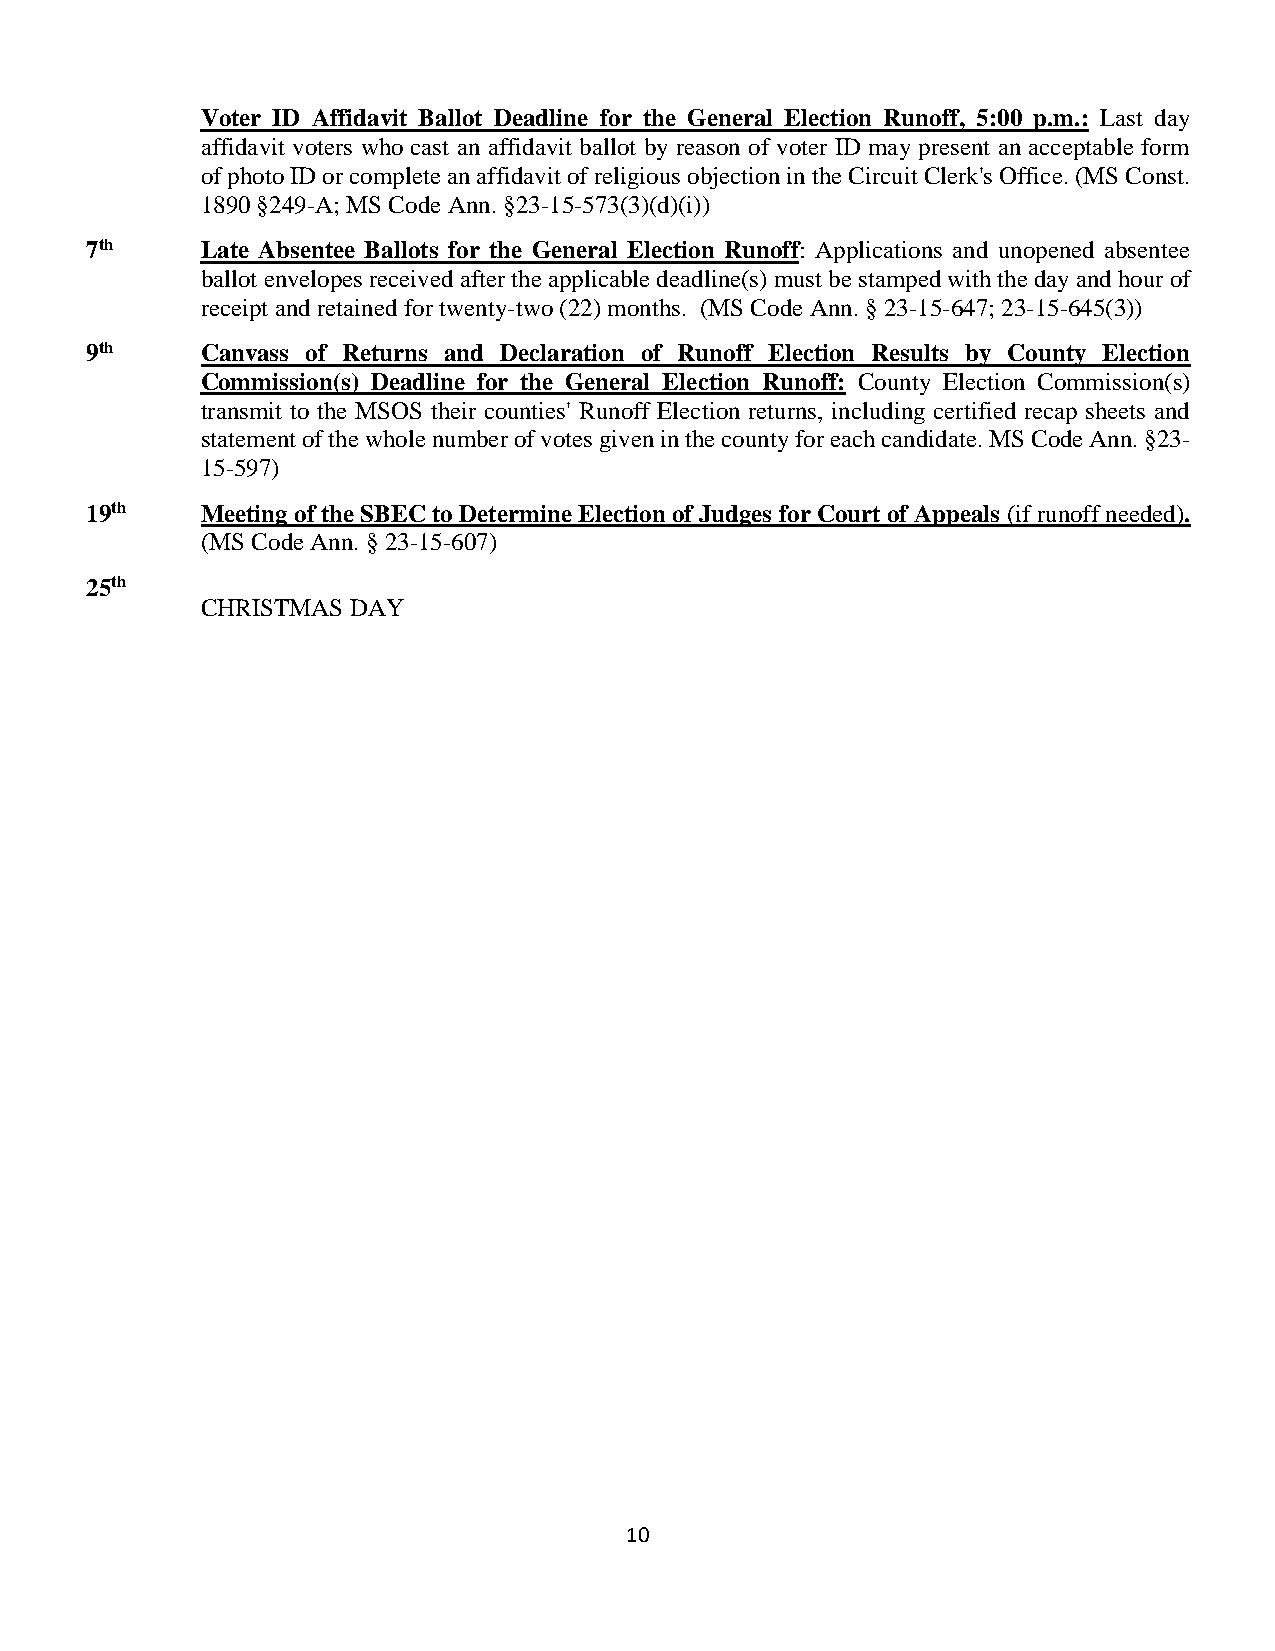
Voter ID Affidavit Ballot Deadline for the General Election Runoff, 5:00 p.m.: Last day
 affidavit voters who cast an affidavit ballot by reason of voter ID may present an acceptable form
 of photo ID or complete an affidavit of religious objection in the Circuit Clerk's Office. (MS Const.
 1890 §249-A; MS Code Ann. §23-15-573(3)(d)(i))
 7th    Late Absentee Ballots for the General Election Runoff: Applications and unopened absentee
 ballot envelopes received after the applicable deadline(s) must be stamped with the day and hour of
 receipt and retained for twenty-two (22) months. (MS Code Ann. § 23-15-647; 23-15-645(3))
 9th    Canvass of Returns and Declaration of Runoff Election Results by County Election
 Commission(s) Deadline for the General Election Runoff: County Election Commission(s)
 transmit to the MSOS their counties' Runoff Election returns, including certified recap sheets and
 statement of the whole number of votes given in the county for each candidate. MS Code Ann. §23-
 15-597)
 19th   Meeting of the SBEC to Determine Election of Judges for Court of Appeals (if runoff needed).
 (MS Code Ann. § 23-15-607)
 25th
 CHRISTMAS DAY
 10